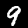
Digit: 9